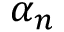
\alpha _ { n }